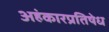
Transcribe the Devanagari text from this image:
अहंकारप्रतिषेध